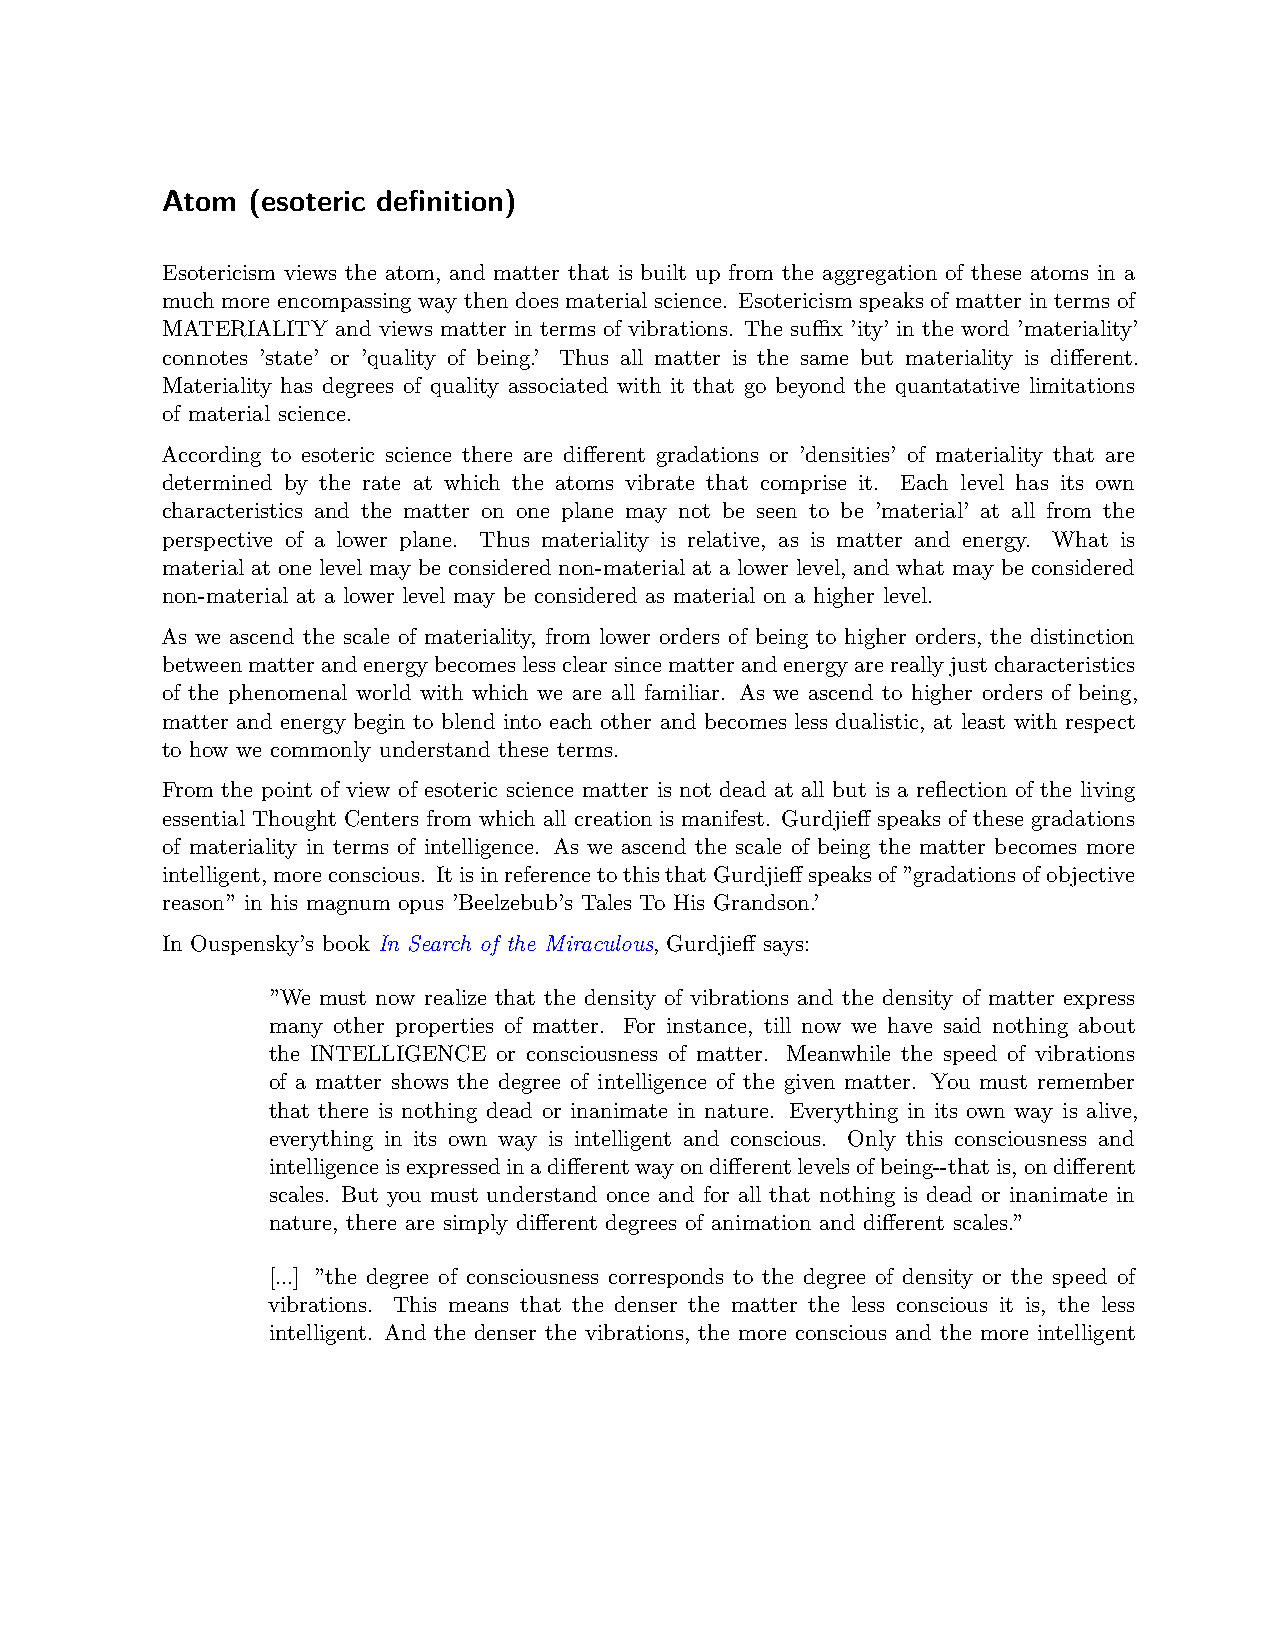
Atom (esoteric definition)
 Esotericism views the atom, and matter that is built up from the aggregation of these atoms in a
 much more encompassing way then does material science. Esotericism speaks of matter in terms of
 MATERIALITY and views matter in terms of vibrations. The suﬀix ’ity’ in the word ’materiality’
 connotes ’state’ or ’quality of being.’ Thus all matter is the same but materiality is different.
 Materiality has degrees of quality associated with it that go beyond the quantatative limitations
 of material science.
 According to esoteric science there are different gradations or ’densities’ of materiality that are
 determined by the rate at which the atoms vibrate that comprise it. Each level has its own
 characteristics and the matter on one plane may not be seen to be ’material’ at all from the
 perspective of a lower plane. Thus materiality is relative, as is matter and energy. What is
 material at one level may be considered non-material at a lower level, and what may be considered
 non-material at a lower level may be considered as material on a higher level.
 As we ascend the scale of materiality, from lower orders of being to higher orders, the distinction
 betweenmatterandenergybecomeslessclearsincematterandenergyarereallyjustcharacteristics
 of the phenomenal world with which we are all familiar. As we ascend to higher orders of being,
 matter and energy begin to blend into each other and becomes less dualistic, at least with respect
 to how we commonly understand these terms.
 From the point of view of esoteric science matter is not dead at all but is a reflection of the living
 essential Thought Centers from which all creation is manifest. Gurdjieff speaks of these gradations
 of materiality in terms of intelligence. As we ascend the scale of being the matter becomes more
 intelligent,moreconscious. ItisinreferencetothisthatGurdjieffspeaksof”gradationsofobjective
 reason” in his magnum opus ’Beelzebub’s Tales To His Grandson.’
 In Ouspensky’s book In Search of the Miraculous, Gurdjieff says:
 ”We must now realize that the density of vibrations and the density of matter express
 many other properties of matter. For instance, till now we have said nothing about
 the INTELLIGENCE or consciousness of matter. Meanwhile the speed of vibrations
 of a matter shows the degree of intelligence of the given matter. You must remember
 that there is nothing dead or inanimate in nature. Everything in its own way is alive,
 everything in its own way is intelligent and conscious. Only this consciousness and
 intelligenceisexpressedinadifferentwayondifferentlevelsofbeing--thatis,ondifferent
 scales. But you must understand once and for all that nothing is dead or inanimate in
 nature, there are simply different degrees of animation and different scales.”
 [...] ”the degree of consciousness corresponds to the degree of density or the speed of
 vibrations. This means that the denser the matter the less conscious it is, the less
 intelligent. And the denser the vibrations, the more conscious and the more intelligent